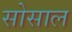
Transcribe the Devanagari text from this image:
सोसाल